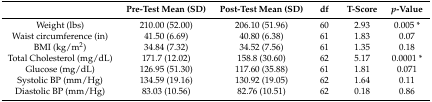
<table><thead><tr><td></td><td><b>Pre-Test Mean (SD)</b></td><td><b>Post-Test Mean (SD)</b></td><td><b>df</b></td><td><b>T-Score</b></td><td><b><i>p</i>-Value</b></td></tr></thead><tbody><tr><td>Weight (lbs)</td><td>210.00 (52.00)</td><td>206.10 (51.96)</td><td>60</td><td>2.93</td><td>0.005 *</td></tr><tr><td>Waist circumference (in)</td><td>41.50 (6.69)</td><td>40.80 (6.38)</td><td>61</td><td>1.83</td><td>0.07</td></tr><tr><td>BMI (kg/m<sup>2</sup>)</td><td>34.84 (7.32)</td><td>34.52 (7.56)</td><td>61</td><td>1.35</td><td>0.18</td></tr><tr><td>Total Cholesterol (mg/dL)</td><td>171.7 (12.02)</td><td>158.8 (30.60)</td><td>62</td><td>5.17</td><td>0.0001 *</td></tr><tr><td>Glucose (mg/dL)</td><td>126.95 (51.30)</td><td>117.60 (35.88)</td><td>61</td><td>1.81</td><td>0.071</td></tr><tr><td>Systolic BP (mm/Hg)</td><td>134.59 (19.16)</td><td>130.92 (19.05)</td><td>62</td><td>1.64</td><td>0.11</td></tr><tr><td>Diastolic BP (mm/Hg)</td><td>83.03 (10.56)</td><td>82.76 (10.51)</td><td>62</td><td>0.18</td><td>0.86</td></tr></tbody></table>